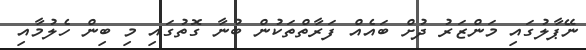
ނޭޕާލުގައި މަންޒަރު ދުށް ބައެއް ފަރާތްތަކުން ބުނާ ގޮތުގައި މި ބިން ހެލުމާއި